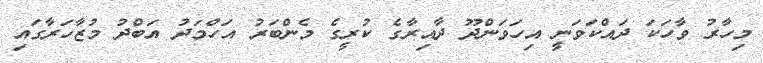
މިހާރު ވާހަަކަ ދައްކަވަނީ އިހަވަންދޫ ދާއިރާގެ ކުރީގެ މެންބަރު އަހްމަދު އަބްދު މުޒާހަރާގައި